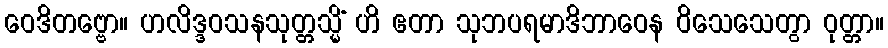
ဝေဒိတဗ္ဗော။ ဟလိဒ္ဒဝသနသုတ္တသ္မိံ ဟိ ဧတာ သုဘပရမာဒိဘာဝေန ဝိသေသေတွာ ဝုတ္တာ။